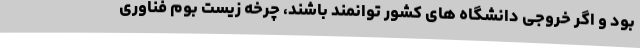
بود و اگر خروجی دانشگاه های کشور توانمند باشند، چرخه زیست بوم فناوری